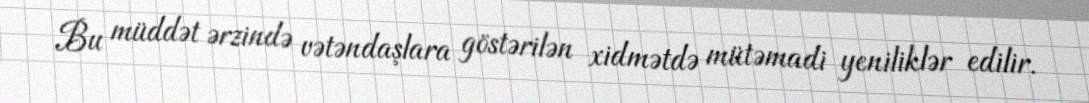
Bu müddət ərzində vətəndaşlara göstərilən xidmətdə mütəmadi yeniliklər edilir.